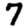
Digit: 7